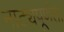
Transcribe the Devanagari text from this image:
नाट्यपूर्णता